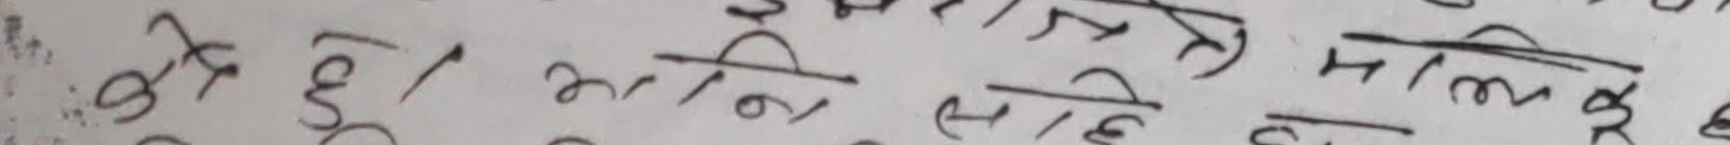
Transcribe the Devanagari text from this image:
कहीं छ। म नै दिई मालिक छ